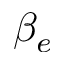
\beta _ { e }